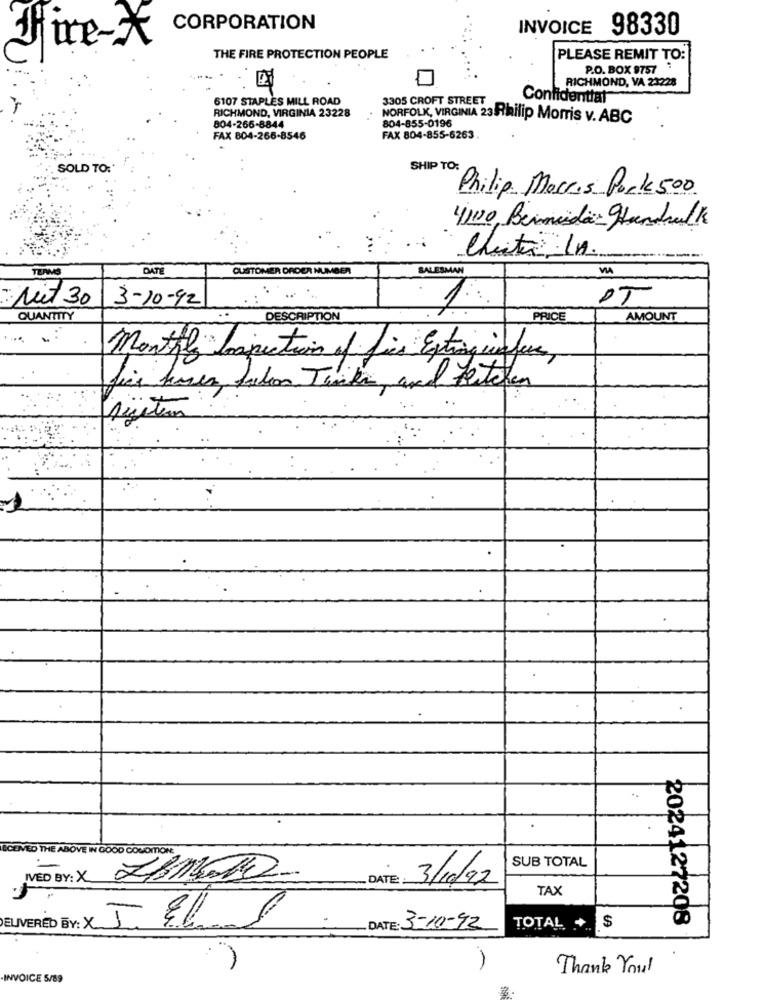
CORPORATION
INVOICE 98330
Fire-
THE FIRE PROTECTION PEOPLE
PLEASE REMIT TO:
P.O. BOX 9757
RICHMOND, VA 23228
6107 STAPLES MILL ROAD
3305 CROFT STREET
Confidenttat
RICHMOND, VIRGINIA 23228
NORFOLK, VIRGINIA 23Philip Morris v. ABC
804-855-0196
804-266-8844
FAX 804-266-8546
FAX 804-855-6263
SOLD TO:
SHIP TO:
Philip Morris Pork 500
4100, Bermuda Handsulk
Cheita In.
TERMS
DATE
CUSTOMER ORDER NUMBER
SALESMAN
:Nuit 30
3-10-92
DT
QUANTITY
DESCRIPTION
PRICE
AMOUNT
Monthly Inspection of fire Estring confere,
..
ECENED THE ABOVE IN GOOD CONDITION:
SUB TOTAL
IVED BY: X 711.10-
DATE: 3/10/92
TAX
DELIVERED BY: X.
$
2024127208
DATE: 3-10-92
TOTAL
-
Thank You!
INVOICE 5/89